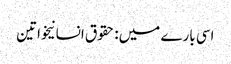
اسی بارے میں: حقوق انسانیخواتین